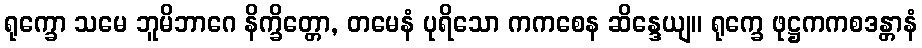
ရုက္ခော သမေ ဘူမိဘာဂေ နိက္ခိတ္တော, တမေနံ ပုရိသော ကကစေန ဆိန္ဒေယျ။ ရုက္ခေ ဖုဋ္ဌကကစဒန္တာနံ